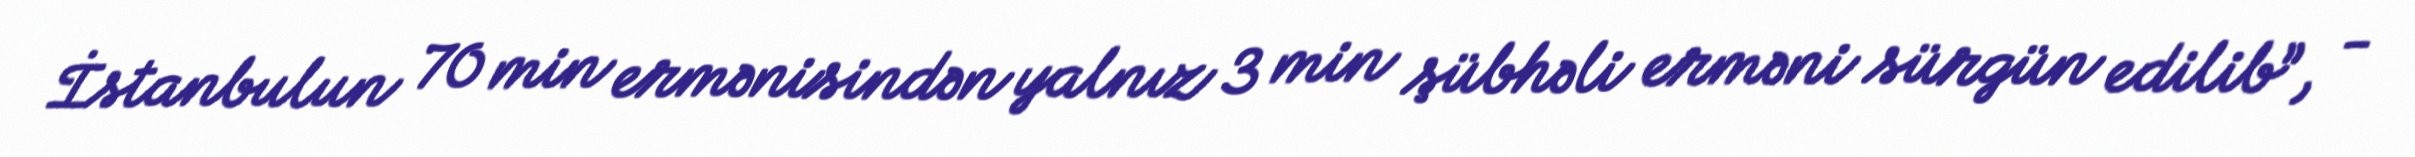
İstanbulun 70 min ermənisindən yalnız 3 min şübhəli erməni sürgün edilib”, -